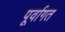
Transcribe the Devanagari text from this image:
पूर्वागत